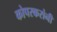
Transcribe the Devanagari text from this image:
कोपरकरांनी